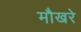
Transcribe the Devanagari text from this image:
मौखरे